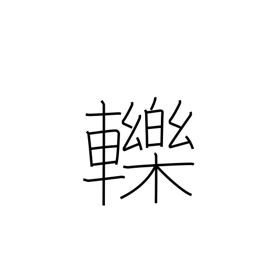
Meaning: run over